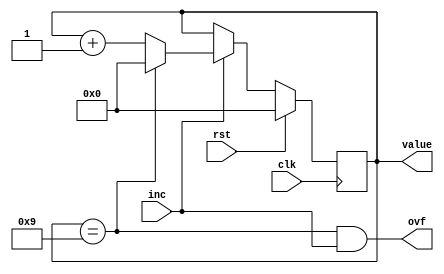
/*
   This file was generated automatically by the Mojo IDE version B1.3.5.
   Do not edit this file directly. Instead edit the original Lucid source.
   This is a temporary file and any changes made to it will be destroyed.
*/

module decimal_counter_23 (
    input clk,
    input rst,
    input inc,
    output reg ovf,
    output reg [3:0] value
  );
  
  
  
  reg [3:0] M_val_d, M_val_q = 1'h0;
  
  always @* begin
    M_val_d = M_val_q;
    
    value = M_val_q;
    ovf = M_val_q == 4'h9 && inc;
    if (inc) begin
      if (M_val_q == 4'h9) begin
        M_val_d = 1'h0;
      end else begin
        M_val_d = M_val_q + 1'h1;
      end
    end
  end
  
  always @(posedge clk) begin
    if (rst == 1'b1) begin
      M_val_q <= 1'h0;
    end else begin
      M_val_q <= M_val_d;
    end
  end
  
endmodule